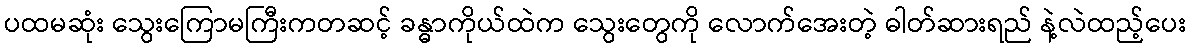
ပထမဆုံး သွေးကြောမကြီးကတဆင့် ခန္ဓာကိုယ်ထဲက သွေးတွေကို လောက်အေးတဲ့ ဓါတ်ဆားရည် နဲ့လဲထည့်ပေး